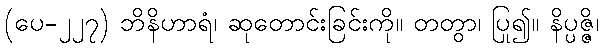
(ပေ-၂၂၇) ဘိနိဟာရံ၊ ဆုတောင်းခြင်းကို။ တတွာ၊ ပြု၍။ နိပ္ပဇ္ဇိ၊